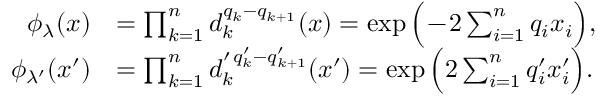
\begin{array} { r l } { \phi _ { \lambda } ( x ) } & { = \prod _ { k = 1 } ^ { n } d _ { k } ^ { q _ { k } - q _ { k + 1 } } ( x ) = \exp \Big ( \! - \! 2 \sum _ { i = 1 } ^ { n } q _ { i } x _ { i } \Big ) , } \\ { \phi _ { \lambda ^ { \prime } } ( x ^ { \prime } ) } & { = \prod _ { k = 1 } ^ { n } d _ { k } ^ { \prime \, q _ { k } ^ { \prime } - q _ { k + 1 } ^ { \prime } } ( x ^ { \prime } ) = \exp \Big ( 2 \sum _ { i = 1 } ^ { n } q _ { i } ^ { \prime } x _ { i } ^ { \prime } \Big ) . } \end{array}